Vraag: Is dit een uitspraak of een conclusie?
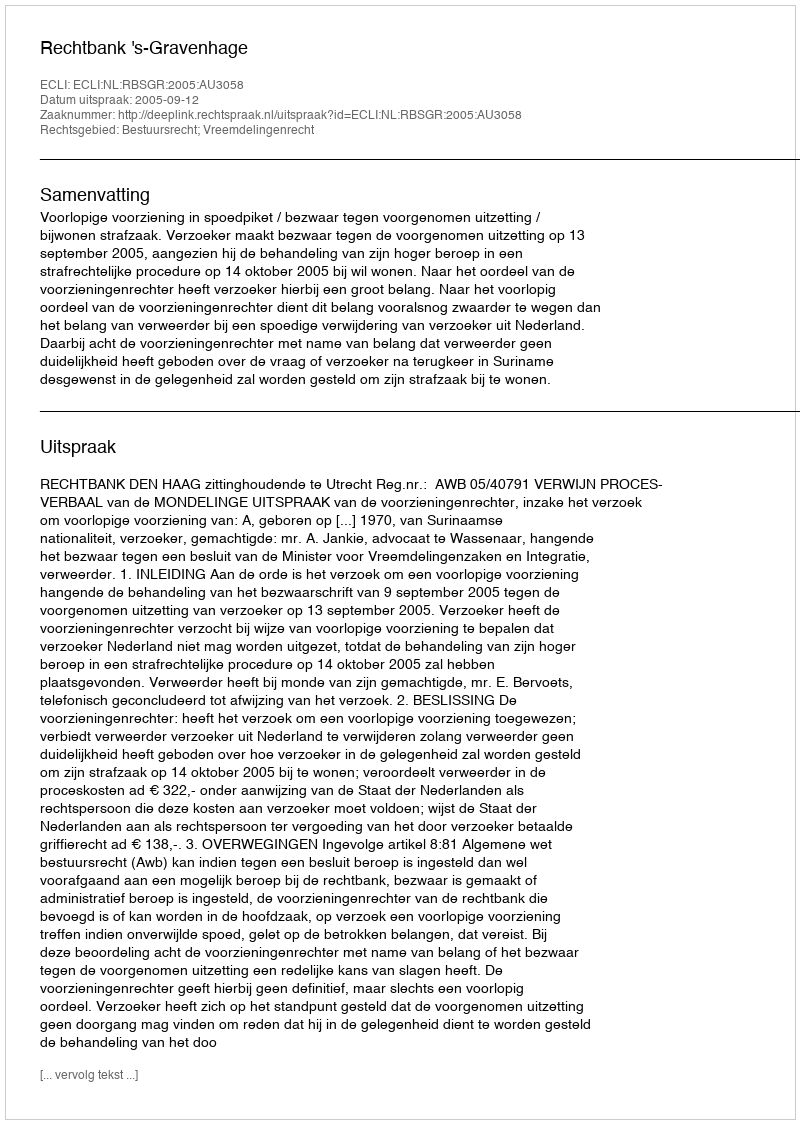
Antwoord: Uitspraak